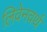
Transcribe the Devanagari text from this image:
लिवेनवर्थ